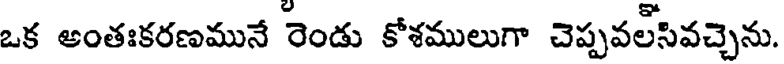
ఒక అంతఃకరణమునే రెండు కోశములుగా చెప్పవలసివచ్చెను.